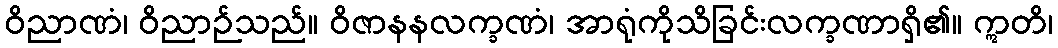
ဝိညာဏံ၊ ဝိညာဉ်သည်။ ဝိဇာနနလက္ခဏံ၊ အာရုံကိုသိခြင်းလက္ခဏာရှိ၏။ ဣတိ၊